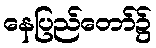
နေပြည်တော်၌